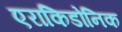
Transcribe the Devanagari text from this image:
एराकिडोनिक